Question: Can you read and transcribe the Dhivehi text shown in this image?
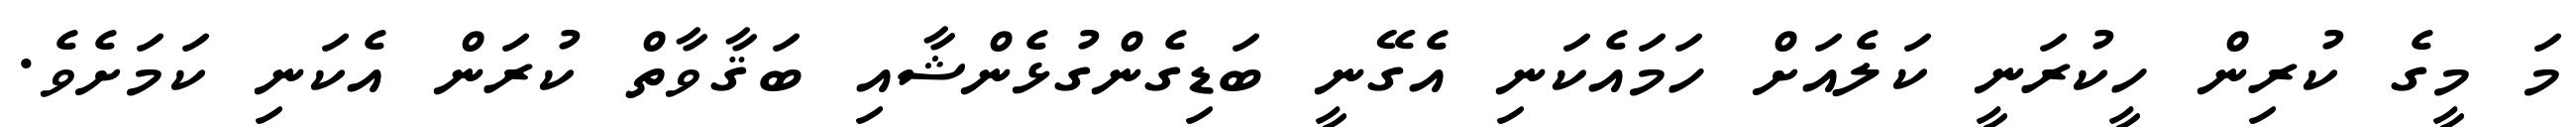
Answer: މަ މީގެ ކުރިން ހީކުރަނީ ކަލެއަށް ހަމައެކަނި އެގޭނީ ބަޑިގެންގުޅެންޝާއި ބަޤާވާތް ކުރަން އެކަނި ކަމަށެވެ.